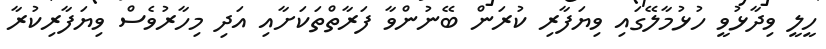
ހީލީ ވިދާޅުވީ ހުޅުމާލޭގައި ވިޔަފާރި ކުރަން ބޭނުންވާ ފަރާތްތަކަށާއި އަދި މިހާރުވެސް ވިޔަފާރިކުރާ